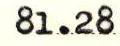
81.28